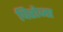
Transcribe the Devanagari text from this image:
पिरोजा